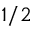
1 / 2